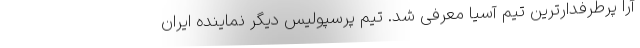
آرا پرطرفدارترین تیم آسیا معرفی شد. تیم پرسپولیس دیگر نماینده ایران